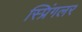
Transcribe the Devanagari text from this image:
स्प्रिंगलर